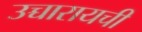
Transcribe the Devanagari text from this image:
उच्चारायची